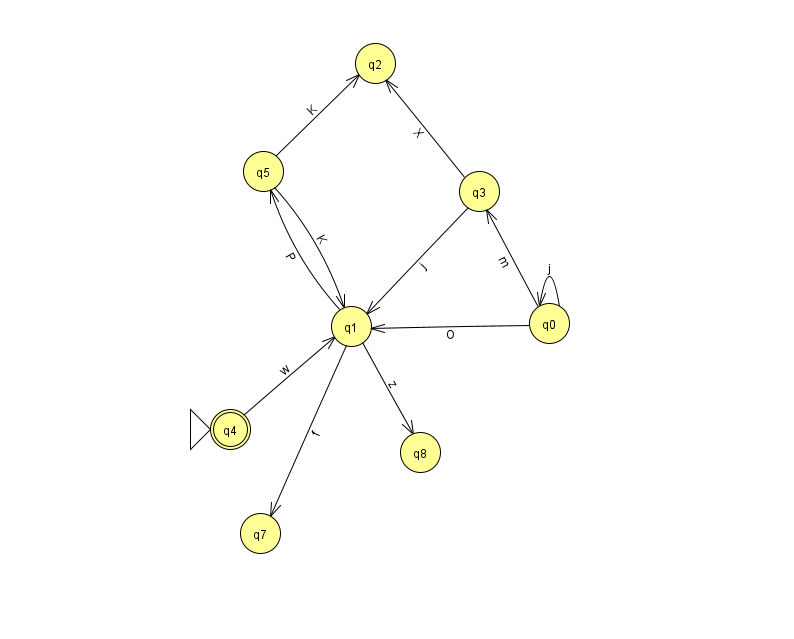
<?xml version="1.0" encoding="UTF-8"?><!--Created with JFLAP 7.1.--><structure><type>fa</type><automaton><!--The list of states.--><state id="0" name="q0"><x>549.0</x><y>310.0</y></state><state id="1" name="q1"><x>351.0</x><y>313.0</y></state><state id="2" name="q2"><x>375.0</x><y>50.0</y></state><state id="3" name="q3"><x>479.0</x><y>178.0</y></state><state id="4" name="q4"><x>230.0</x><y>416.0</y><initial/><final/></state><state id="5" name="q5"><x>263.0</x><y>158.0</y></state><state id="7" name="q7"><x>260.0</x><y>520.0</y></state><state id="8" name="q8"><x>420.0</x><y>439.0</y></state><!--The list of transitions.--><transition><from>1</from><to>5</to><read>P</read></transition><transition><from>1</from><to>7</to><read>f</read></transition><transition><from>5</from><to>2</to><read>K</read></transition><transition><from>4</from><to>1</to><read>w</read></transition><transition><from>0</from><to>1</to><read>O</read></transition><transition><from>3</from><to>1</to><read>j</read></transition><transition><from>1</from><to>8</to><read>z</read></transition><transition><from>0</from><to>3</to><read>m</read></transition><transition><from>0</from><to>0</to><read>j</read></transition><transition><from>5</from><to>1</to><read>K</read></transition><transition><from>3</from><to>2</to><read>X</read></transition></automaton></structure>